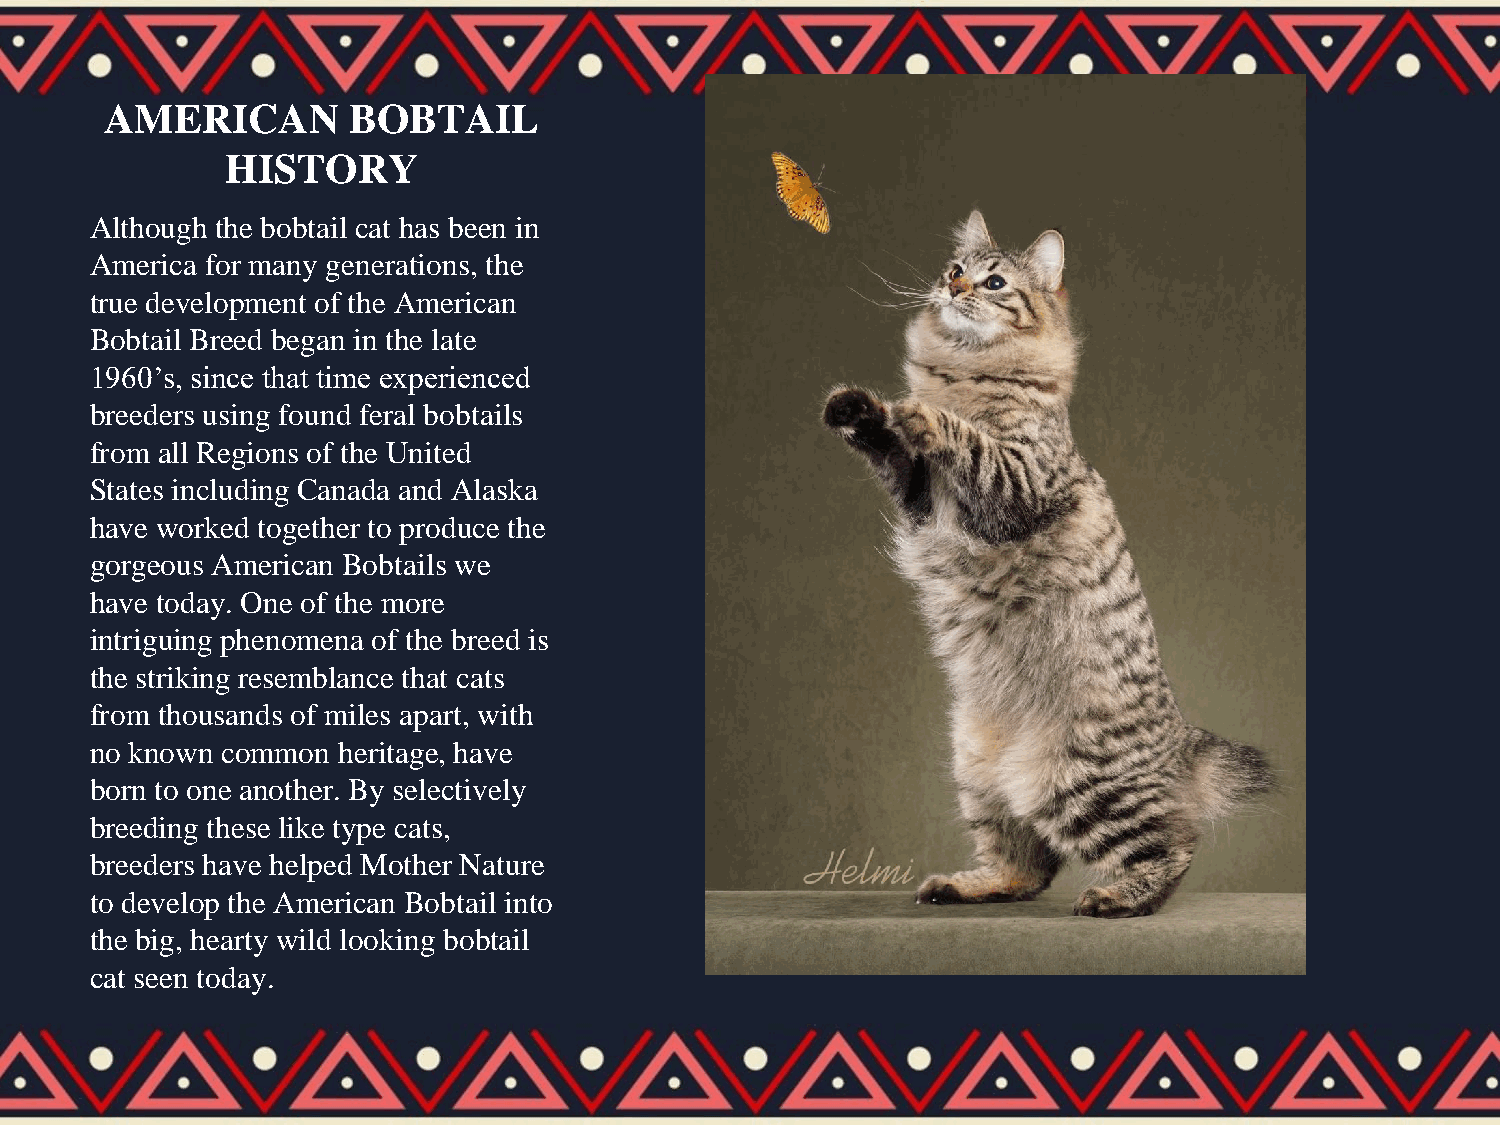
AMERICAN        BOBTAIL
 HISTORY
 Although the bobtail cat has been in
 America for many generations, the
 true development of the American
 Bobtail Breed began in the late
 1960’s, since that time experienced
 breeders using found feral bobtails
 from all Regions of the United
 States including Canada and Alaska
 have worked together to produce the
 gorgeous American Bobtails we
 have today. One of the more
 intriguing phenomena of the breed is
 the striking resemblance that cats
 from thousands of miles apart, with
 no known common heritage, have
 born to one another. By selectively
 breeding these like type cats,
 breeders have helped Mother Nature
 to develop the American Bobtail into
 the big, hearty wild looking bobtail
 cat seen today.